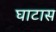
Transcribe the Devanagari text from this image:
घाटास